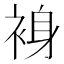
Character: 裑